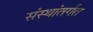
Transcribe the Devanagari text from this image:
संस्थांतर्गत